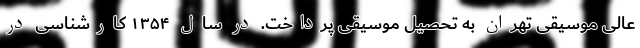
عالی موسیقی تهران به تحصیل موسیقی پرداخت. در سال ۱۳۵۴ کارشناسی در